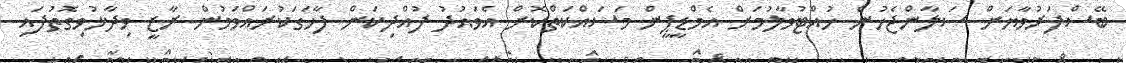
ބޭސްފަރުވާޔަށް ސަލާންޖެހުން ހުއްޓުވާލުމަށް އެމްޑީޕީން މަސައްކަތްކޮށް އެވައުދު ފުއްދިކަން ފާހަގަކުރައްވަމުން ރާޒީ ވިދާޅުވިގޮތުފައި